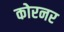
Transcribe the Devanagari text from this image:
कोरनर